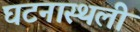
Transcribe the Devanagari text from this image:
घटनास्थली